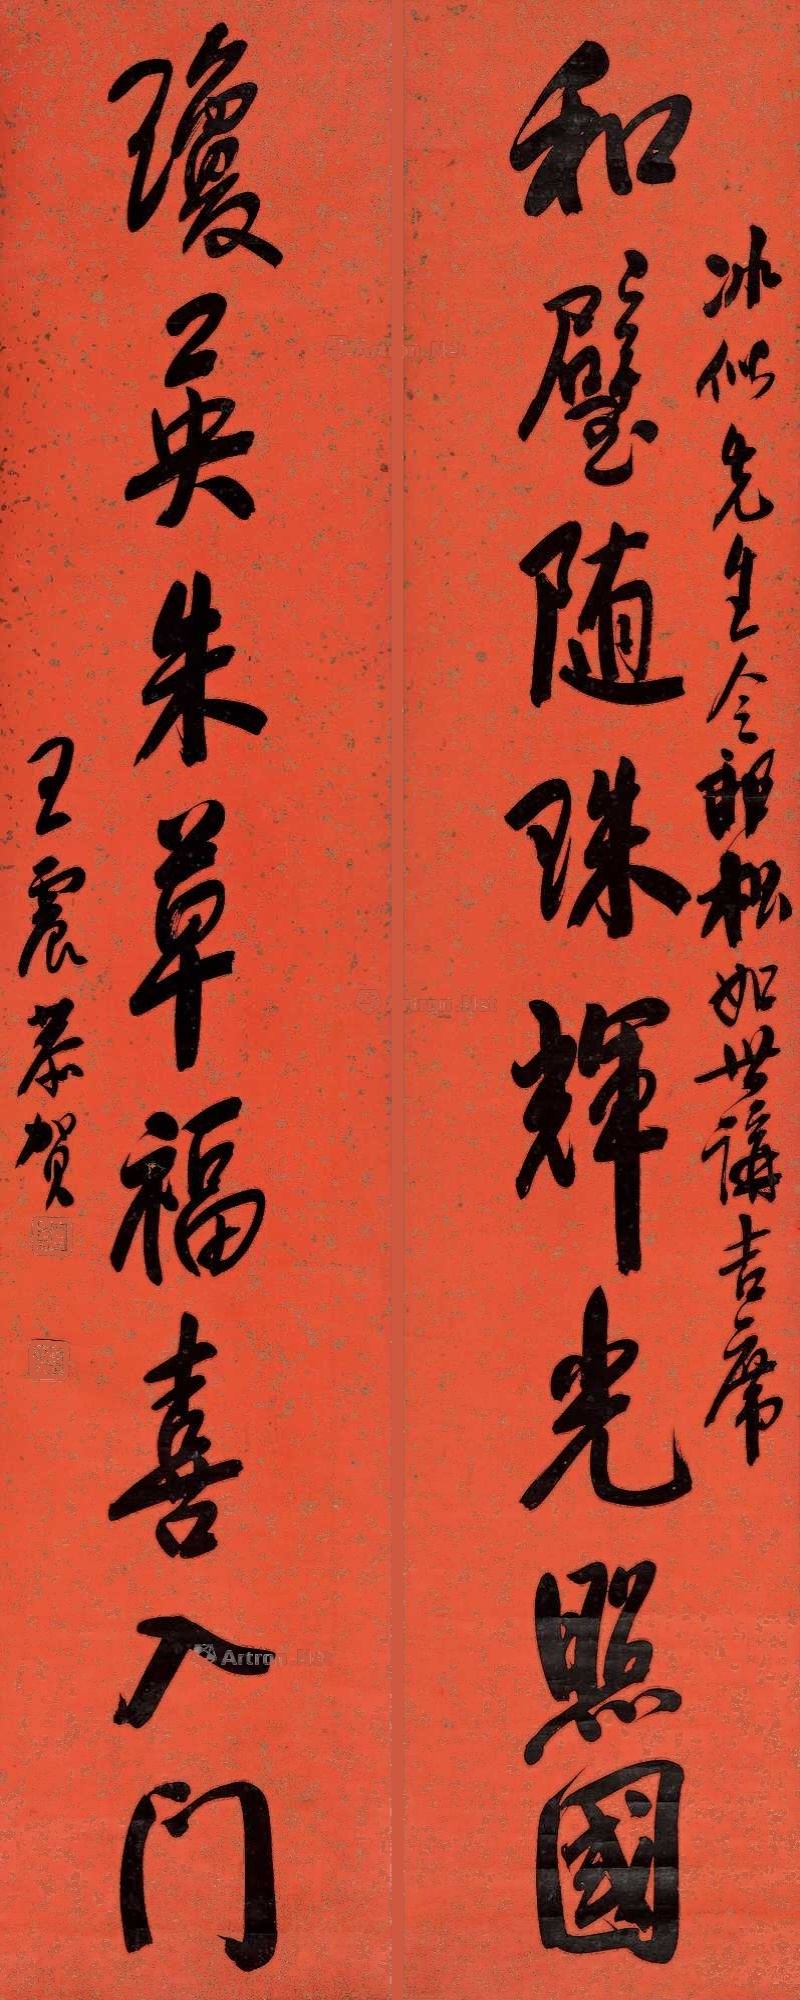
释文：和璧随珠辉光照国，琼英朱草福喜入门。冰似先生令郎松如世讲吉席，王震恭贺。